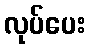
လုပ်ပေး